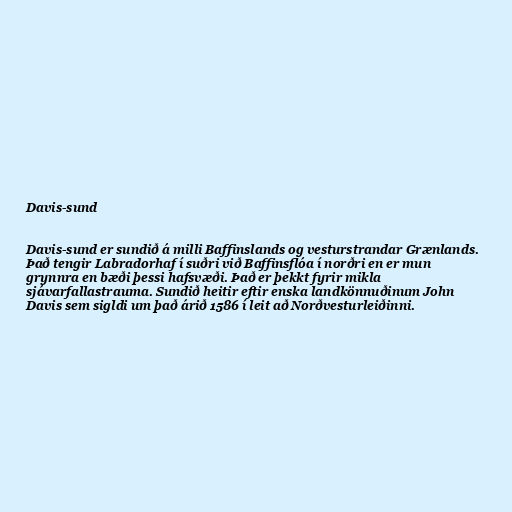
Davis-sund

Davis-sund er sundið á milli Baffinslands og vesturstrandar Grænlands.
Það tengir Labradorhaf í suðri við Baffinsflóa í norðri en er mun
grynnra en bæði þessi hafsvæði. Það er þekkt fyrir mikla
sjávarfallastrauma. Sundið heitir eftir enska landkönnuðinum John
Davis sem sigldi um það árið 1586 í leit að Norðvesturleiðinni.